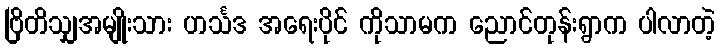
ဗြိတိသျှအမျိုးသား ဟင်္သဒ အရေးပိုင် ကိုသာမက ညောင်တုန်းရွာက ပါလာတဲ့